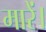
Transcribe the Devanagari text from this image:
मारें।